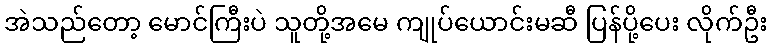
အဲသည်တော့ မောင်ကြီးပဲ သူတို့အမေ ကျုပ်ယောင်းမဆီ ပြန်ပို့ပေး လိုက်ဦး